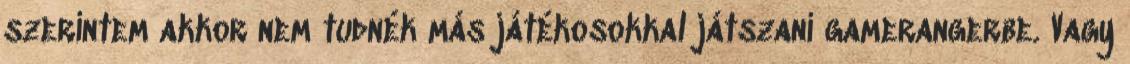
szerintem akkor nem tudnék más játékosokkal játszani gamerangerbe. Vagy